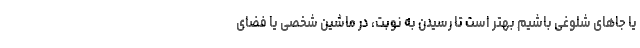
یا جاهای شلوغی باشیم بهتر است تا رسیدن به نوبت، در ماشین شخصی یا فضای